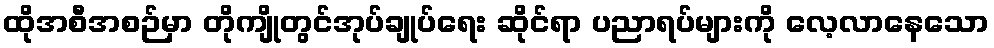
ထိုအစီအစဉ်မှာ တိုကျိုတွင်အုပ်ချုပ်ရေး ဆိုင်ရာ ပညာရပ်များကို လေ့လာနေသော